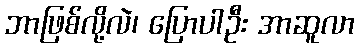
ဘာဖြစ်လို့လဲ၊ ပြောပါဦး အာဆူလာ